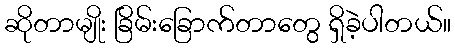
ဆိုတာမျိုး ခြိမ်းခြောက်တာတွေ ရှိခဲ့ပါတယ်။